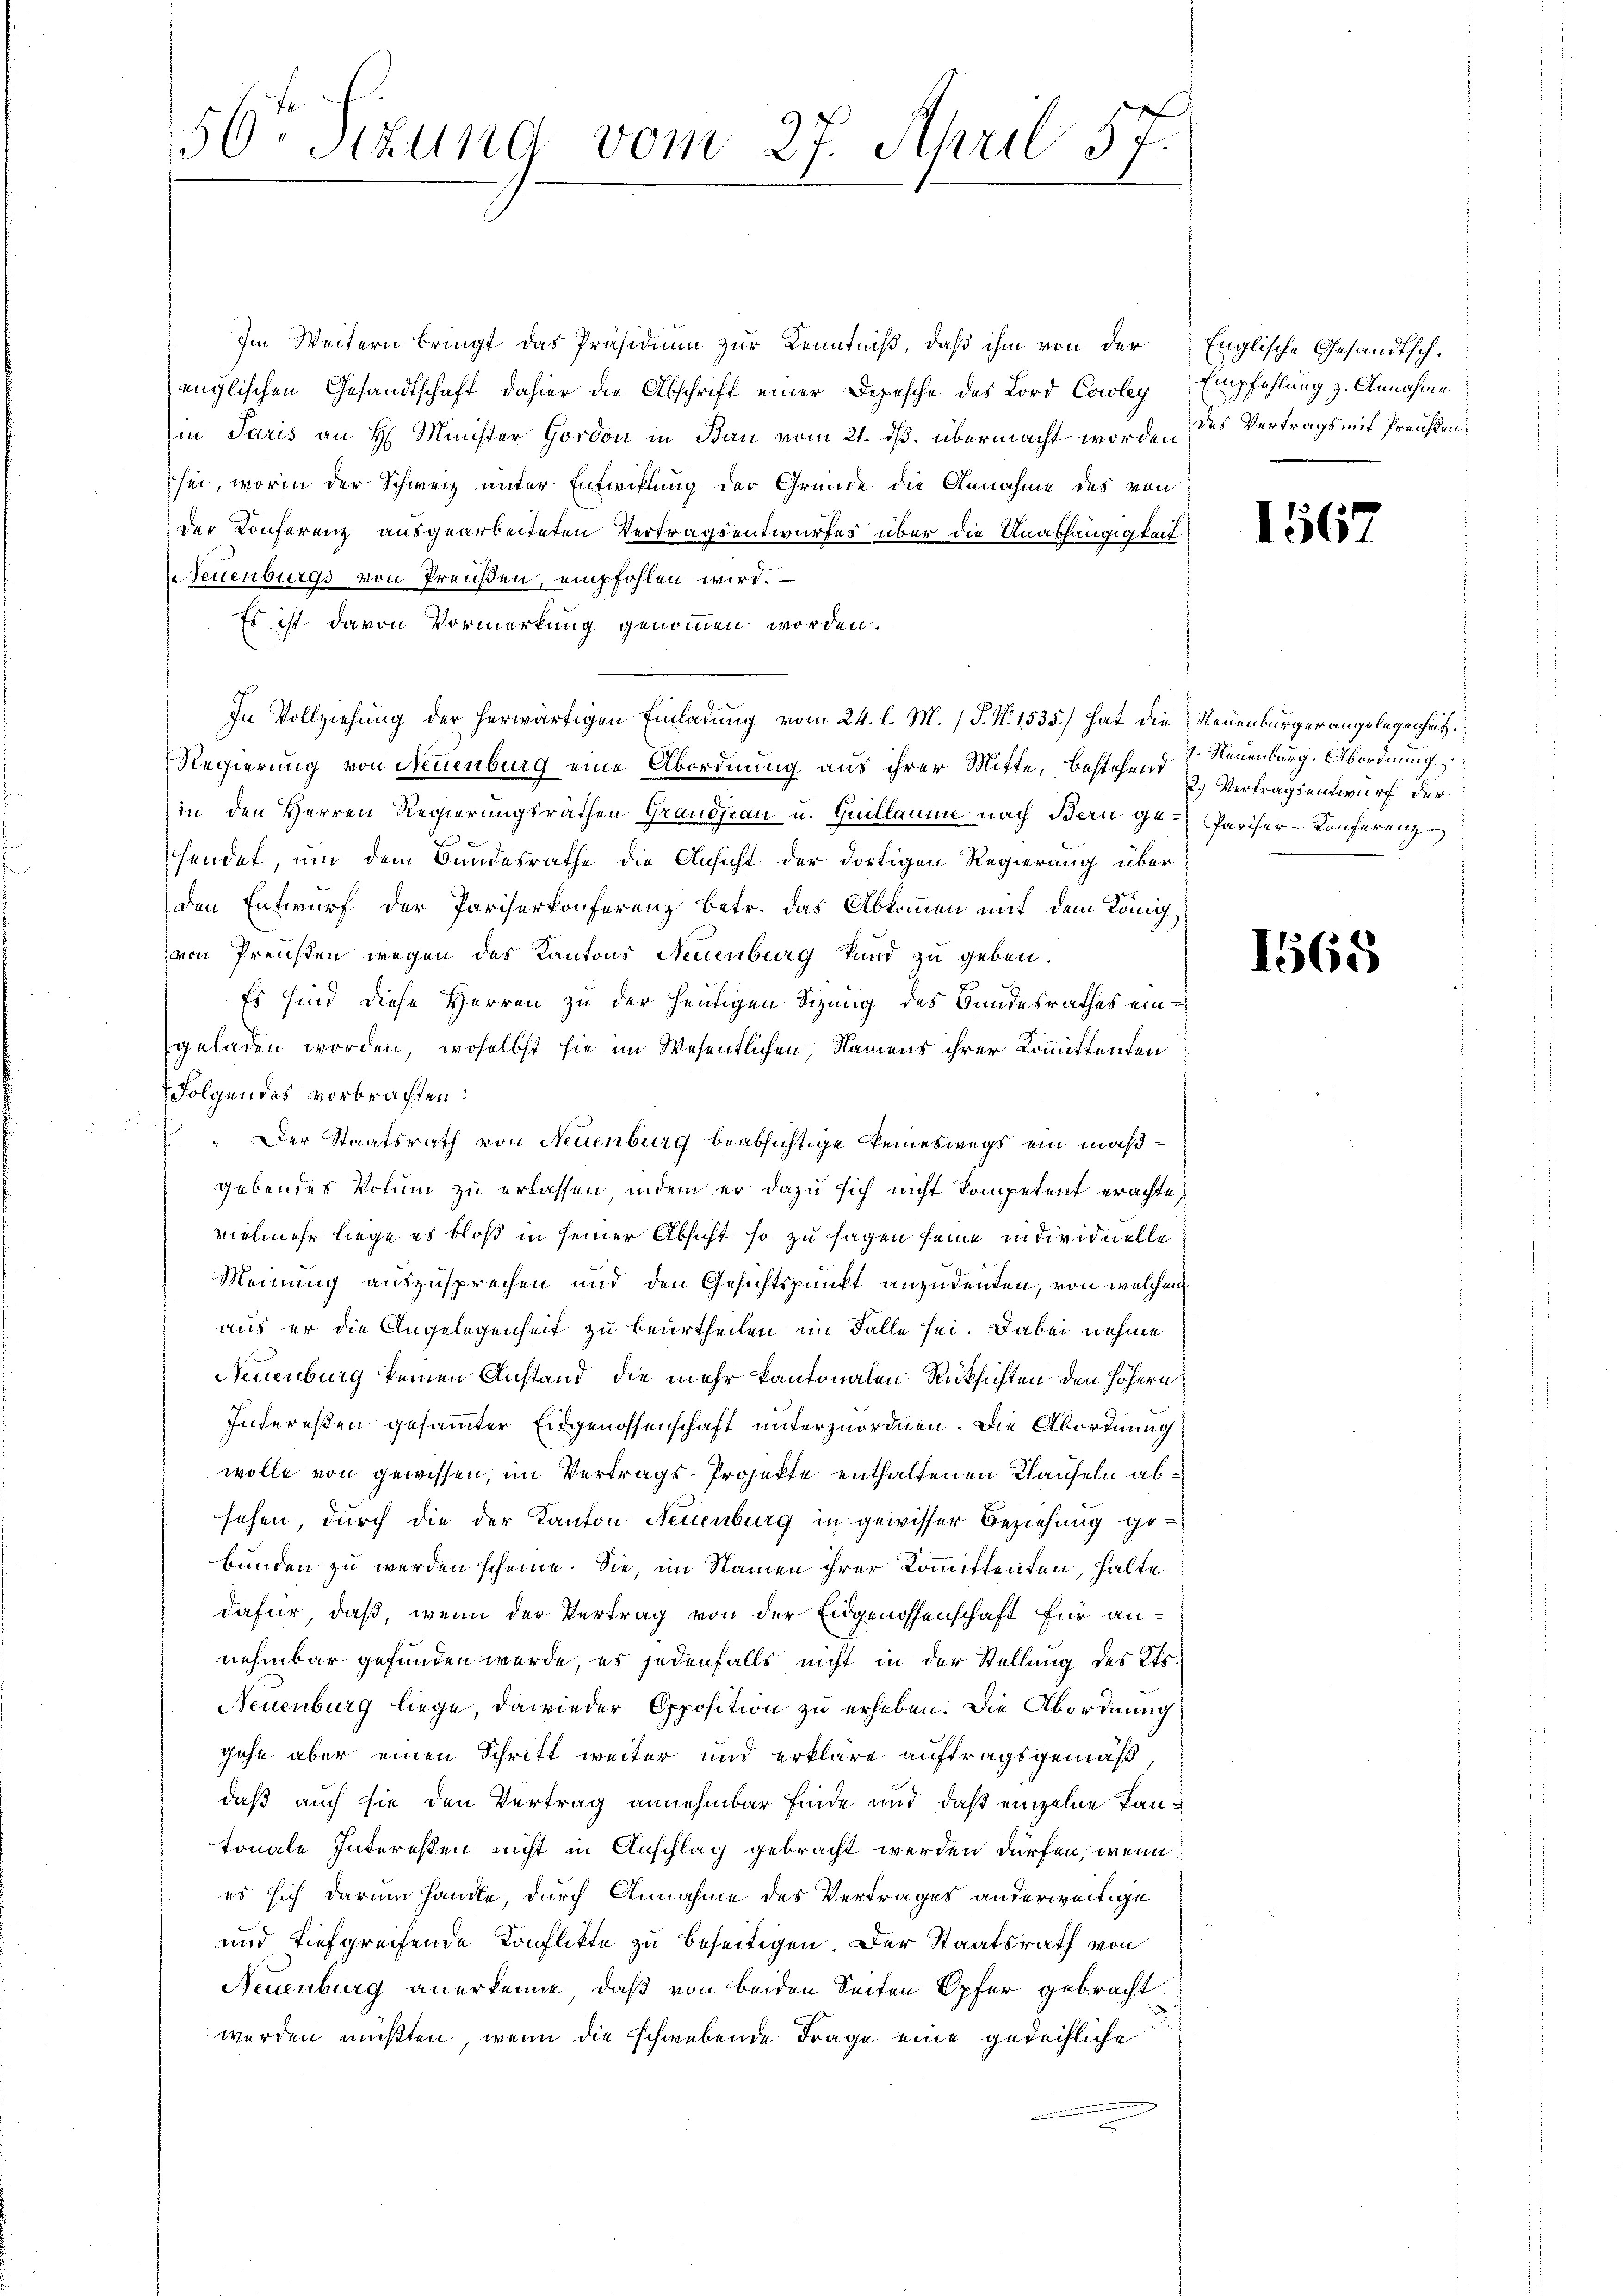
56ten Sizung vom 27. April 57.

Im Weitern bringt das Präsidium zur Kenntniß, daß ihm von der
englischen Gesandtschaft dahier die Abschrift einer Depesche des Lord Coley
in Paris an H. Minister Gordon in Bau vom 21. ds. übermacht worden des Vertrags mit Preußen:
sei, worin der Schweiz unter Entwicklung der Grunde die Annahme des von
der Conferenz ausgearbeiteten Vertragsentwurfes über die Unabhängigkeit
Neuenburgs von Preußen, empfohlen wird.
Es ist davon Vormerkung genommen worden.
In Vollziehung der herwärtigen Einladung vom 24. l. M. P. Nr. 1535.) hat die Neuenbürger angelegenheit
Regierung von Neuenburg eine Abordnung aus ihrer Mitte, bestehend
in den Herren Regierungsräthen Grandjean u. Guillaume nach Bern ge- Pariser-Konferenze
hendet, um dem Bundesrathe die Ansicht der dortigen Regierung über
den Entwurf der Pariserkonferenz betr. das Abkommen mit dem König
von Preußen wegen des Kantons Neuenburg Land zu geben.
Es sind diese Herren zu der heutigen Sizung des Bundesrathes eingeladen worden, woselbst sie im Wesentlichen, Namens ihrer Kommittenten
Folgendes vorbrachten:
" Der Staatsrath von Neuenburg beabsichtige keineswegs ein maßgebendes Votum zu erlassen, indem er dazu sich nicht kompetent erachte,
vielmehr liege es bloß in seiner Absicht so zu sagen seine individuelle
Meinung auszusprechen und den Gesichtspunkt anzudenten, von welchem
aus er die Angelegenheit zu beurtheilen im Falle sei. Dabei nehme
Neuenburg keinen Anstand, die mehr kantonalen Rüksichten den höhern
Interessen gesammter Eidgenossenschaft unterzuordnen. Die Abordnung
wolle von gewissen, im Vertrags-Projekte enthaltenen Klauseln absehen, durch die der Kanton Neuenburg in gewisser Beziehung gebunden zu werden scheine. Sie, im Namen ihrer Kommittenten, halte
dafür, daß, wenn der Vertrag von der Eidgenossenschaft für annehmbar gefunden wurde, es jedenfalls nicht in der Stellung des Kts.
Neuenburg liege, dawieder Opposition zu erheben. Die Abordnung
gehe aber einen Schritt weiter und erkläre auftragsgemäß,
daß auch sie den Vertrag annehmbar finde und daß einzelne Tantonale Interessen nicht in Anschlag gebracht werden dürfen, wenn
es sich darum handle, durch Annahme des Vertrages anderweitige
und tiefgreifende Konflikte zu beseitigen. Der Staatsrath von
Neuenburg anerkenne, daß von beiden Seiten Opfer gebracht
werden mußten, wenn die schwebende Frage eine gedeihliche

Englische Gesandtsch¬
Empfehlung z. Annahme

1567

1. Neuenburg. Abordnung.
2.) Vertragsentwurf der

1565